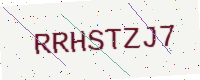
Text: RRHSTZJ7